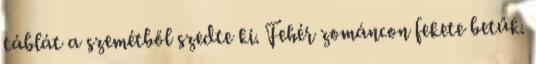
táblát a szemétből szedte ki. Fehér zománcon fekete betűk.